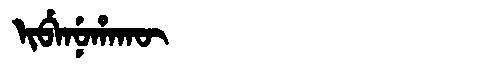
Manchu: ᡳᠪᡝᠨᡠᡥᠠᡴᡡ
Romanization: IBENUHAKŪ